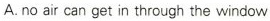
A.no air can get in through the window